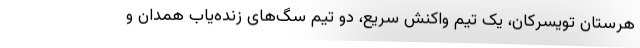
هرستان تویسرکان، یک تیم واکنش سریع، دو تیم سگ‌های زنده‌یاب همدان و